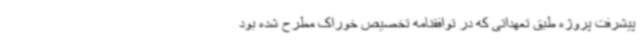
پیشرفت پروژه طبق تعهداتی که در توافقنامه تخصیص خوراک مطرح شده بود